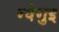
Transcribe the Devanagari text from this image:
ग्वेगुइ